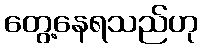
တွေ့နေရသည်ဟု